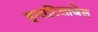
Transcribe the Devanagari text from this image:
इन्सटिलाजेल